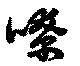
覇